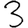
Digit: 3